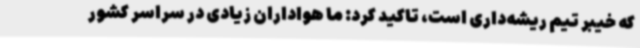
که خیبر تیم ریشه‌داری است، تاکید کرد: ما هواداران زیادی در سراسر کشور